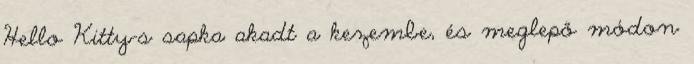
Hello Kitty-s sapka akadt a kezembe, és meglepő módon